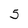
Character: 5